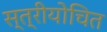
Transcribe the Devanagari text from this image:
स्त्रीयोचित